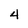
Character: 4